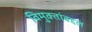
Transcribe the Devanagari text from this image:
विमुक्तांबद्दल